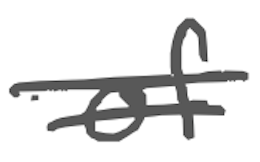
Text: of
Cross-out: double-line
Writing tool: digital_gray